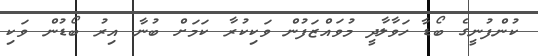
ކުންފުނީގެ ބޯޑާ ހަވާލާދީ މުވައްޒަފުން ވަކިކުރާ ކަމަށް ބުނާ އިރު ބޯޑުން ވަކި